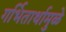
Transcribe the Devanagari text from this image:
गर्भितार्थामुळे